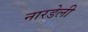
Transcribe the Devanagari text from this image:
नारडेली